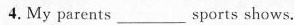
4.My parents___sports shows.